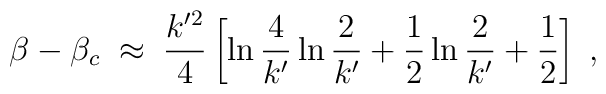
\beta-\beta_c\;\approx\;{k'^2\over 4}\left[\ln{4\over k'}\ln{2\over k'}+{1\over 2}\ln{2\over k'}+{1\over 2}\right]\;,